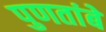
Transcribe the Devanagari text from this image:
पुणतांबे